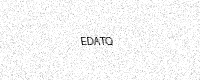
Text: EDATQ